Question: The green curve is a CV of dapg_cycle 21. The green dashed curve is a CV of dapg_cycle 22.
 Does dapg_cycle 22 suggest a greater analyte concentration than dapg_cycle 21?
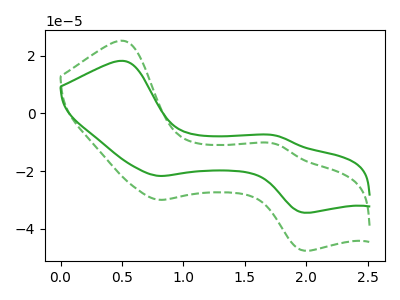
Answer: <think>The green curve "dapg_cycle 21" has anodic peaks at (0.50V, 18.25uA) (1.75V, -7.65uA) and cathodic peaks at (0.80V, -21.70uA) (2.00V, -34.45uA). The green dashed curve "dapg_cycle 22" has anodic peaks at (0.50V, 25.20uA) (1.75V, -10.60uA) and cathodic peaks at (0.80V, -30.00uA) (2.00V, -47.65uA).
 All the peaks in "dapg_cycle 22" have a peak in "dapg_cycle 21" at the same potential.</think>
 <answer>I cant tell if "dapg_cycle 22" or "dapg_cycle 21" has more signal.</answer>
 <eval>mixed_signal</eval>